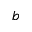
b